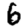
Digit: 6